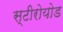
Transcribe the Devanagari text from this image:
स्टीरोयोड